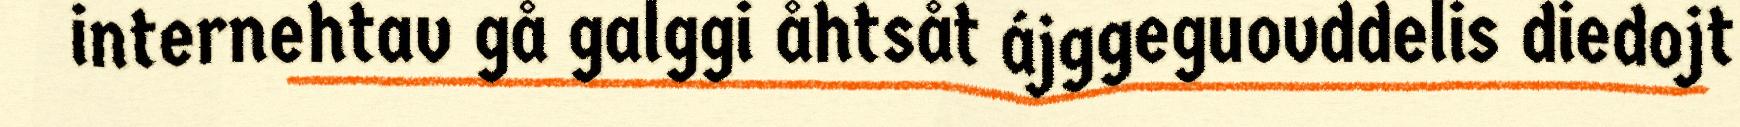
internehtav gå galggi åhtsåt ájggeguovddelis diedojt